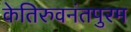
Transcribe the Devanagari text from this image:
केतिरुवनंतपुरम